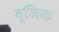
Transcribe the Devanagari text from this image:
वृजिक